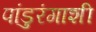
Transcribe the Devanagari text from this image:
पांडुरंगाशी